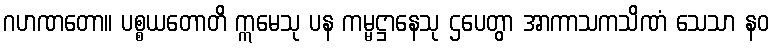
ဂဟဏတော။ ပစ္စယတောတိ ဣမေသု ပန ကမ္မဋ္ဌာနေသု ဌပေတွာ အာကာသကသိဏံ သေသာ နဝ